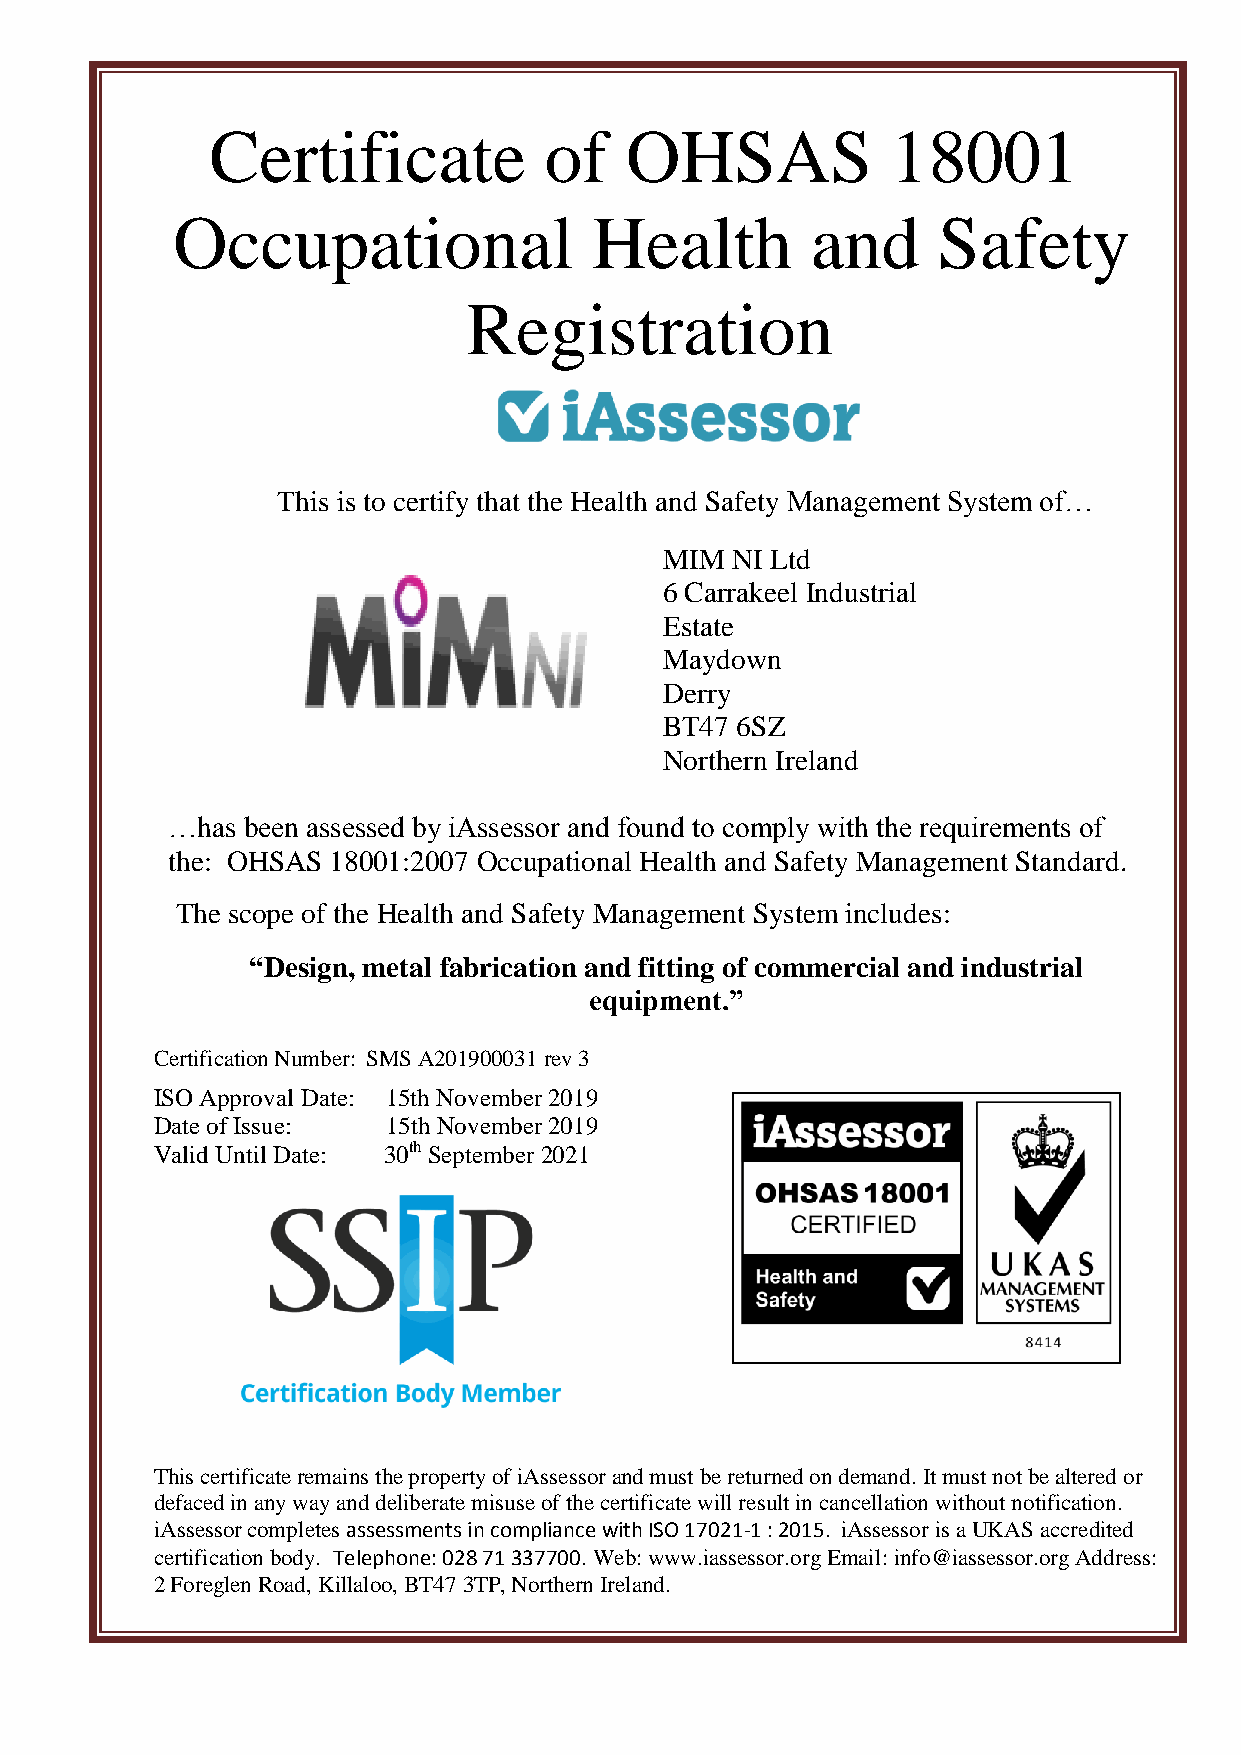
Certificate           of   OHSAS             18001
 Occupational                Health         and     Safety
 Registration
 This is to certify that the Health and Safety Management System of…
 MIM NI Ltd
 6 Carrakeel Industrial
 Estate
 Maydown
 Derry
 BT47 6SZ
 Northern Ireland
 …has been assessed by iAssessor and found to comply with the requirements of
 the: OHSAS 18001:2007 Occupational Health and Safety Management Standard.
 The scope of the Health and Safety Management System includes:
 “Design, metal fabrication and fitting of commercial and industrial
 equipment.”
 Certification Number: SMS A201900031 rev 3
 ISO Approval Date: 15th November 2019
 Date of Issue:  15th November 2019
 Valid Until Date: 30th September 2021
 This certificate remains the property of iAssessor and must be returned on demand. It must not be altered or
 defaced in any way and deliberate misuse of the certificate will result in cancellation without notification.
 iAssessor completes assessments in compliance with ISO 17021-1 : 2015. iAssessor is a UKAS accredited
 certification body. Telephone: 028 71 337700. Web: www.iassessor.org Email: info@iassessor.org Address:
 2 Foreglen Road, Killaloo, BT47 3TP, Northern Ireland.